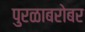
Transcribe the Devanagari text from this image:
पुरळाबरोबर